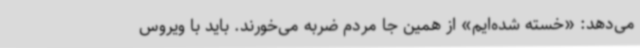
می‌دهد: «خسته شده‌ایم» از همین جا مردم ضربه می‌خورند. باید با ویروس